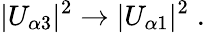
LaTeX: |U_{\alpha 3}|^{2}\to|U_{\alpha 1}|^{2}\; .